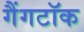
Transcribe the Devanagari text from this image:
गैंगटॉक